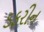
ડફરીન